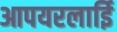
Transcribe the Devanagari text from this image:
आपयरलाईि